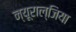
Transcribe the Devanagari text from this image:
न्यूराल्जिया